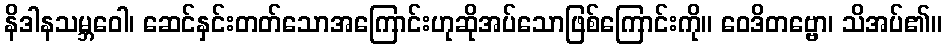
နိဒါနသမ္ဘဝေါ၊ ဆေင်နှင်းတတ်သောအကြောင်းဟုဆိုအပ်သောဖြစ်ကြောင်းကို။ ဝေဒိတဗ္ဗော၊ သိအပ်၏။